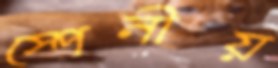
স্পেনীয়